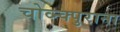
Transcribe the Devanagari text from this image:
चोव्न्क्पुराना